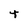
Character: t